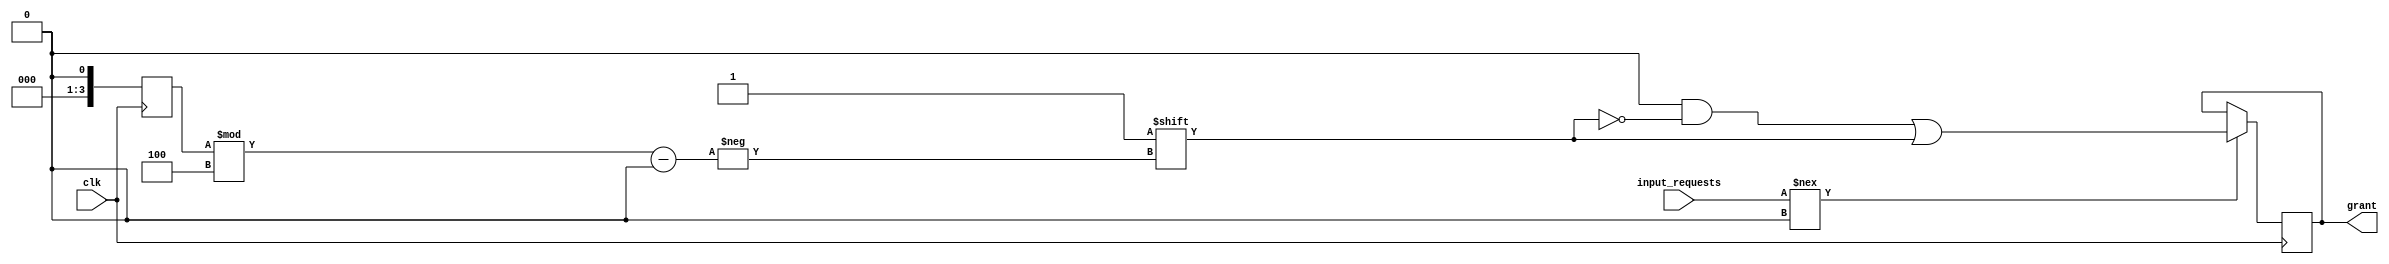
module RandomArbiter (
    input wire clk,
    input wire [NUM_INPUTS-1:0] input_requests,
    output reg [NUM_INPUTS-1:0] grant
);

parameter NUM_INPUTS = 4; // Number of input requests
reg [NUM_INPUTS-1:0] random_value;

// Random number generator logic
always @ (posedge clk) begin
    random_value <= $random;
end

// Arbiter logic
always @ (posedge clk) begin
    if (input_requests !== 0) begin
        grant <= 0; // Reset grant signal
        
        // Select the next input request based on random value
        grant[random_value % NUM_INPUTS] <= 1;
    end
end

endmodule